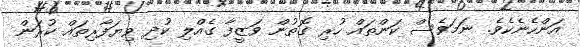
އަންހެނެކެވެ. ނަމަވެސް ކަންތައް ހުރި ގޮތުން ވަޒީފާ ގެއްލި ކުދި ވިޔަފާރިތައް ކުރަން